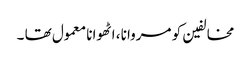
مخالفین کو مروانا ، اٹھوانا معمول تھا ۔